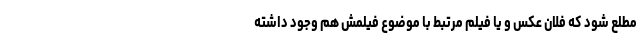
مطلع شود که فلان عکس و یا فیلم مرتبط با موضوع فیلمش هم وجود داشته